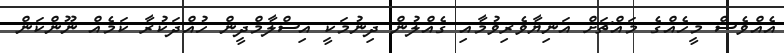
އެއްވެސް މީހެއްގެ މައްޗަށް އަނިޔާވެރިވުމާއި ގެއްލުން ދިނުމަކީ އިސްލާމްދީން ހުއްދަކުރާ ކަމެއް ނޫންކަން